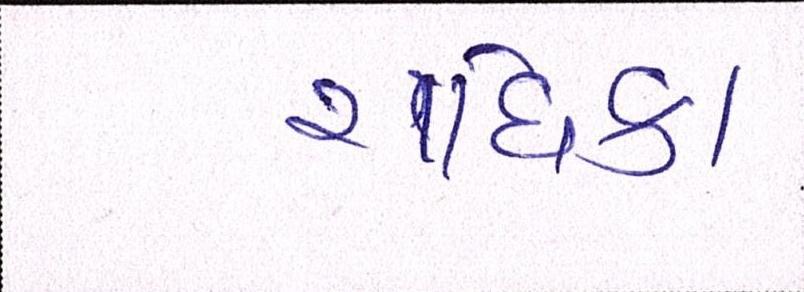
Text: રાધિકા